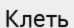
Клеть